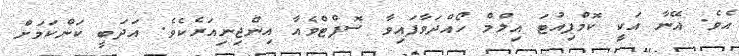
އެވެ. އޭނާ އަކީ ކޮމްޕިއުޓަ އިލްމް ހޯއްދަވާފައިވާ ސޮފްޓްވެއާ އިންޖިނިއަރެކެވެ. އަދަބީ ކަންކަމަށް